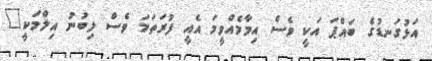
އަޅުގަނޑުގެ ބައްޕަ އަކީ ވެސް އިމާމެއްވީމަ އެއީ ފުރަތަމަ ވެސް ލިބުނު އިލްމަކީ"